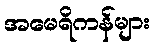
အမေရိကန်များ